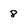
Character: 8